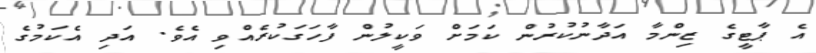
އެ ޕާޓީގެ ޒިންމާ އަދާނުކުރުން ކަމަށް ވަކީލުން ފާހަގަކުރެއްވި އެވެ. އަދި އެކަމުގެ